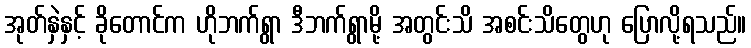
အုတ်နှဲနှင့် ခိုတောင်က ဟိုဘက်ရွာ ဒီဘက်ရွာမို့ အတွင်းသိ အစင်းသိတွေဟု ပြောလို့ရသည်။